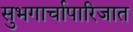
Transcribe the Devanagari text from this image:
सुभगार्चापारिजात